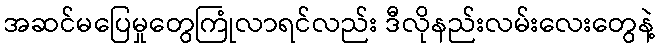
အဆင်မပြေမှုတွေကြုံလာရင်လည်း ဒီလိုနည်းလမ်းလေးတွေနဲ့